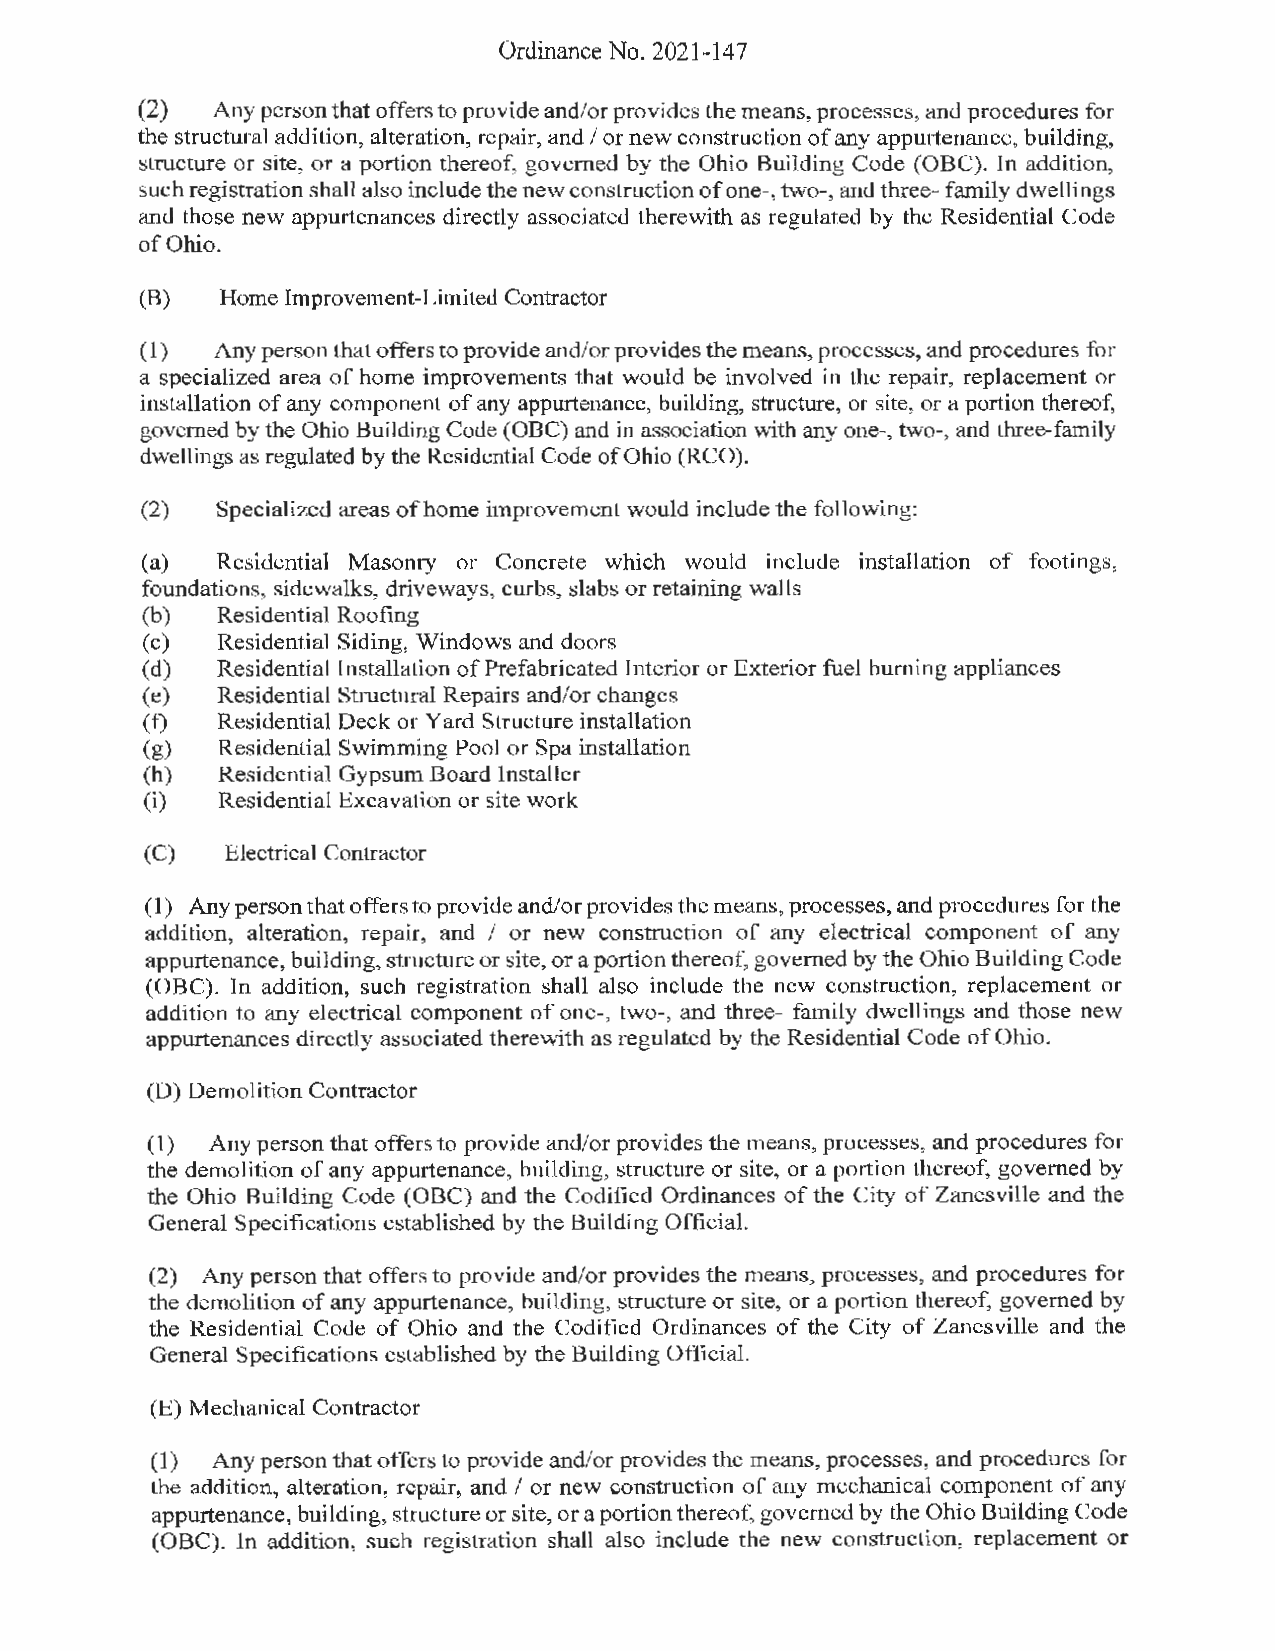
Ordinance No. 2021-147
 (2)  Any person that offers to provide and/or provides the means, processes, and procedures for
 the structural addition, alteration, repair, and/ or new construction of any appurtenance, building,
 structure or site, or a portion thereof, governed by the Ohio Building Code (OBC). In addition,
 such registration shall also include the new construction of one-, two-, and three-family dwellings
 and those new appurtenances directly associated therewith as regulated by the Residential Code
 of Ohio.
 (B)   Home Improvement-Limited Contractor
 (I)  Any person that offers to provide and/or provides the means, processes, and procedures for
 a specialized area of home improvements that would be involved in the repair, replacement or
 installation of any component of any appurtenance, building, structure, or site, or a portion thereof,
 governed by the Ohio Building Code (OBC) and in association with any one-, two-, and three-family
 dwellings as regulated by the Residential Code of Ohio (RCO).
 (2)  Specialized areas of home improvement would include the following:
 (a)  Residential Masonry or Concrete which would include installation of footings,
 foundations, sidewalks, driveways, curbs, slabs or retaining walls
 (b)  Residential Roofing
 (c)  Residential Siding, Windows and doors
 (d)  Residential Installation of Prefabricated Interior or Exterior fuel burning appliances
 (e)  Residential Structural Repairs and/or changes
 (f)  Residential Deck or Yard Structure installation
 (g)  Residential Swimming Pool or Spa installation
 (h)  Residential Gypsum Board Installer
 (i)  Residential Excavation or site work
 (C)  Electrical Contractor
 ( 1) Any person that offers to provide and/or provides the means, processes, and procedures for the
 addition, alteration, repair, and / or new construction of any electrical component of any
 appurtenance, building, structure or site, or a pmtion thereof, governed by the Ohio Building Code
 (OBC). In addition, such registration shall also include the new construction, replacement or
 addition to any electrical component of one-, two-, and three- family dwellings and those new
 appmtenances directly associated therewith as regulated by the Residential Code of Ohio.
 (D) Demolition Contractor
 (1) Any person that offers to provide and/or provides the means, processes, and procedures for
 the demolition of any appurtenance, building, structure or site, or a portion thereof, governed by
 the Ohio Building Code (OBC) and the Codified Ordinances of the City of Zanesville and the
 General Specifications established by the Building Official.
 (2) Any person that offers to provide and/or provides the means, processes, and procedures for
 the demolition of any appurtenance, building, structure or site, or a portion thereof, governed by
 the Residential Code of Ohio and the Codified Ordinances of the City of Zanesville and the
 General Specifications established by the Building Official.
 (E) Mechanical Contractor
 (1) Any person that offers to provide and/or provides the means, processes, and procedures for
 the addition, alteration, repair, and / or new construction of any mechanical component of any
 appurtenance, building, structure or site, or a portion thereof, governed by the Ohio Building Code
 (OBC). In addition, such registration shall also include the new construction, replacement or